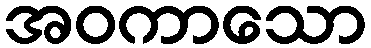
အဝကာသော